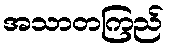
အသာတကြည်